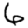
Digit: 6